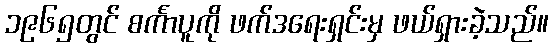
၁၉၆၅တွင် စင်္ကာပူကို ဖက်ဒရေးရှင်းမှ ဖယ်ရှားခဲ့သည်။